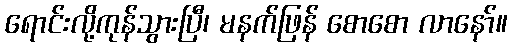
ရောင်းလို့ကုန်သွားပြီ၊ မနက်ဖြန် စောစော လာနော်။